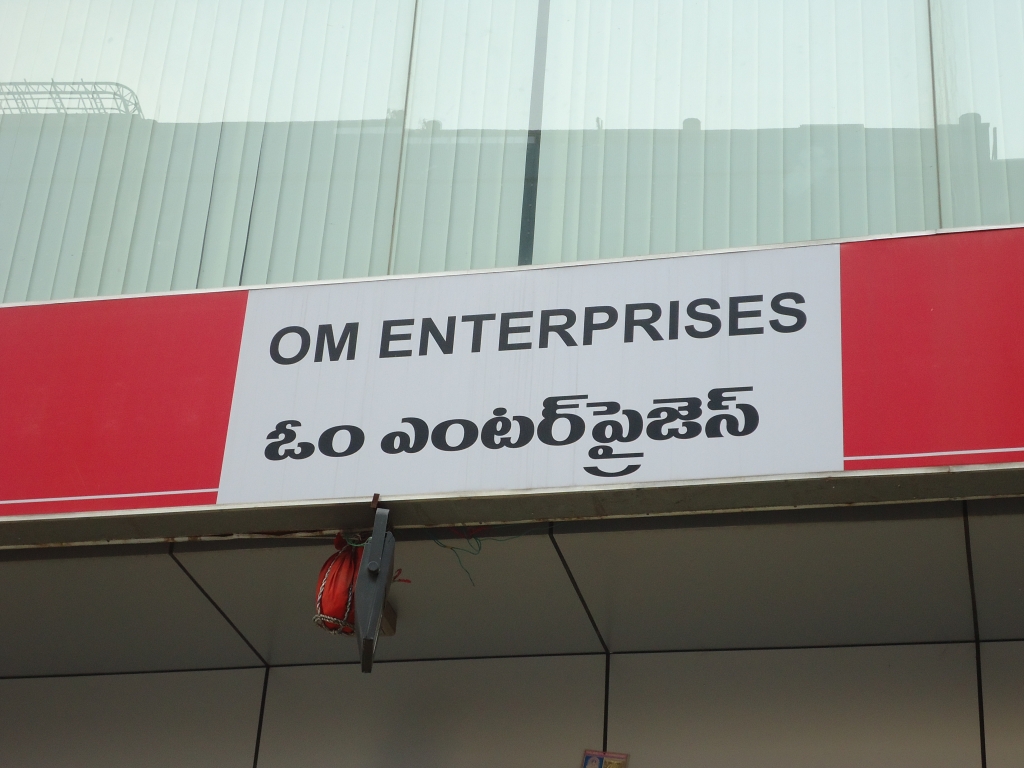
Language: telugu
Transcription: ప్రైజెస్ ఎంటర్ ఓం